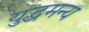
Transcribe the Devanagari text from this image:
युद्धमन्य